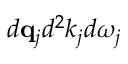
d { \bf q } _ { j } \= d ^ { 2 } k _ { j } d \omega _ { j }